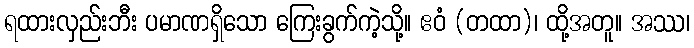
ရထားလှည်းဘီး ပမာဏရှိသော ကြေးခွက်ကဲ့သို့။ ဧဝံ (တထာ)၊ ထို့အတူ။ အဿ၊